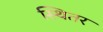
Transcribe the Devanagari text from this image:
स्थितर